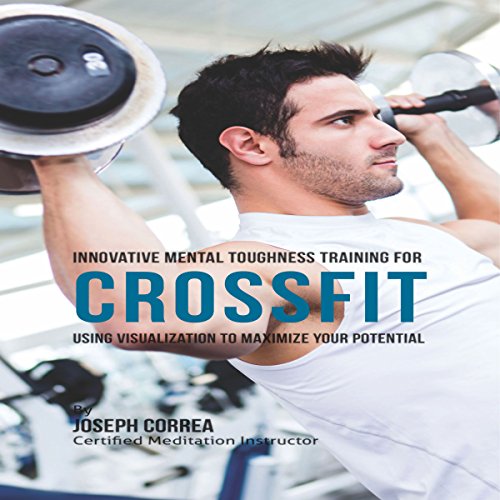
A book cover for Innovative Mental Toughness Training for CrossFit: Using Visualization to Maximize Your Potential; Joseph Correa (Certified Meditation Instructor); Sports & Outdoors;